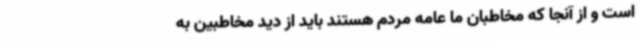
است و از آنجا که مخاطبان ما عامه مردم هستند باید از دید مخاطبین به